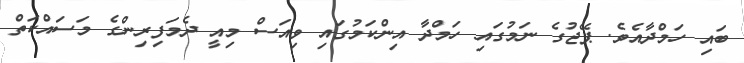
ބައި ހަމްދާއެވެ. ޕޭޖުގެ ނަމުގައި ހަމްދާ އިންކަމުގައި ވިއަސް މިއީ ދެމަފިރިންގެ މަސައްކަތް